Lunatic asylums Punjab 1881-1894 - 1881-1894
Year: 1881
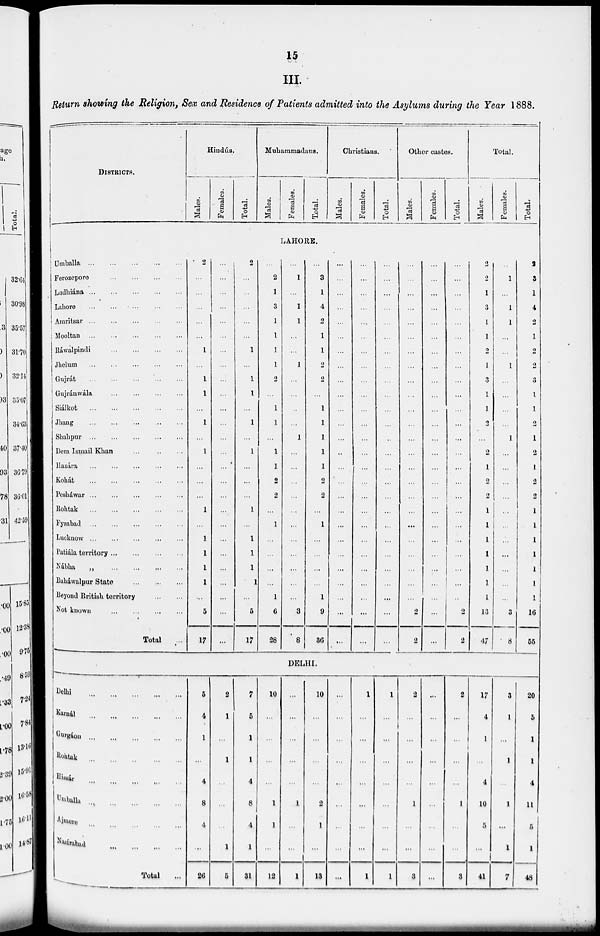
15
III.
Return showing the Religion, Sex and Residence of Patients admitted into the Asylums during the Year 1888.
DISTRICTS.
Hindús.
Males.
Females.
Total.
Muhammaduns.
Males.
Females.
Total.
Christians.
Males.
Females.
Total.
Other castes.
Males.
Females.
Total.
Total.
Males.
Females.
Total.
LAHORE.
Umballa
...
...
...
...
Ferozeporo
...
...
...
...
Ludhiána
...
...
...
...
Lahore ... ... ... ...
Amritsar
...
...
...
...
Mooltan
...
...
...
...
Ráwalpindi
...
...
...
...
Jhelum
...
...
...
...
Gujrát
...
...
...
...
Gujránwála
...
...
...
...
Siálkot
...
...
...
...
Jhang
...
...
...
...
Shahpur
...
...
...
...
Dora Ismail Khan
...
...
Hazára
...
...
...
...
Kohát
...
...
...
...
Pesháwar
...
...
...
...
Rohtak
...
...
...
...
Fyzahad ... ... ... ...
Lucknow
...
...
...
...
Patiála territory
...
...
...
...
Nábha
...
...
...
...
Baháwalpur State
...
...
...
Beyond British territory
...
...
Not known
...
...
...
...
Total
...
2
...
...
...
...
...
1
...
1
1
...
1
...
1
...
...
...
1
...
1
1
1
1
...
5
17
...
...
...
...
...
...
...
...
...
...
...
...
...
...
...
...
...
...
...
...
...
...
...
...
...
...
2
...
...
...
...
...
1
...
1
1
...
1
...
1
...
...
...
1
...
1
1
1
1
...
5
17
...
2
1
3
1
1
1
1
2
...
1
1
...
1
1
2
2
...
1
...
...
...
...
1
6
28
...
1
...
1
1
...
...
1
...
...
...
...
1
...
...
...
...
...
...
...
...
...
...
...
3
8
...
3
1
4
2
1
1
2
2
...
1
1
1
1
1
2
2
...
1
...
...
...
...
1
9
36
...
...
...
...
...
...
...
...
...
...
...
...
...
..
...
...
...
...
...
...
...
...
...
...
...
...
...
...
...
...
...
...
...
...
...
...
...
...
...
...
...
...
...
...
...
...
...
...
...
...
...
...
...
...
...
...
...
...
...
...
...
...
...
..
...
...
...
...
...
...
...
...
...
...
...
...
...
...
...
...
...
...
...
...
...
...
...
...
...
...
...
...
...
...
...
...
...
...
...
...
2
2
...
...
...
...
...
...
...
...
...
...
...
...
...
...
...
...
...
...
...
...
...
...
...
...
...
...
...
...
...
...
...
...
...
...
...
...
...
...
...
...
...
...
...
...
...
...
...
...
...
...
2
2
2
2
1
3
1
1
2
1
3
1
1
2
...
2
1
2
2
1
1
1
1
1
1
1
13
47
...
1
...
1
1
...
...
1
...
...
...
...
1
...
...
...
...
...
...
...
...
...
...
...
3
8
2
3
1
4
2
1
2
2
3
1
1
2
1
2
1
2
2
1
1
1
1
1
1
1
16
55
DELHI.
Delhi
...
...
...
...
Karnál ... ... ... ...
Gurgáon ... ... ... ...
Rohtak ... ... ... ...
Hissár
...
...
...
...
Umballa ... ... ... ...
Ajmere ... ... ... ...
Nasirabad
...
...
...
...
Total
...
5
4
1
...
4
8
4
...
26
2
1
...
1
...
...
...
l
5
7
5
1
1
4
8
4
1
31
10
...
...
...
...
1
1
...
12
...
...
...
...
...
1
...
...
1
10
...
...
...
...
2
1
...
13
...
...
...
...
...
...
...
...
...
1
...
...
...
...
...
...
...
1
1
...
...
...
...
...
...
...
1
2
...
...
...
...
1
...
...
3
...
...
...
...
...
...
...
...
...
2
...
...
...
...
1
...
...
8
17
4
1
...
4
10
5
...
41
3
1
...
1
...
1
...
1
7
20
5
1
1
4
11
5
1
48